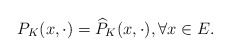
\begin{align*}P_K(x,\cdot)=\widehat{P}_K(x,\cdot),\forall x\in E.\end{align*}